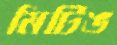
মিটিঙ